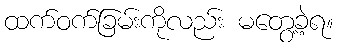
ထက်ဝက်ခြမ်းကိုလည်း မတွေ့ခဲ့ရ။